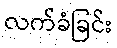
လက်ခံခြင်း